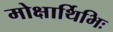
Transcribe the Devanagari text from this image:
मोक्षार्थिभिः